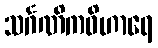
သင်္ဂဏိကဝိဟာရေ